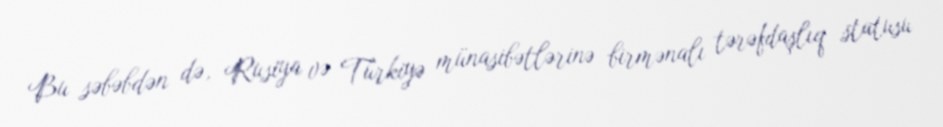
Bu səbəbdən də, Rusiya və Türkiyə münasibətlərinə birmənalı tərəfdaşlıq statusu